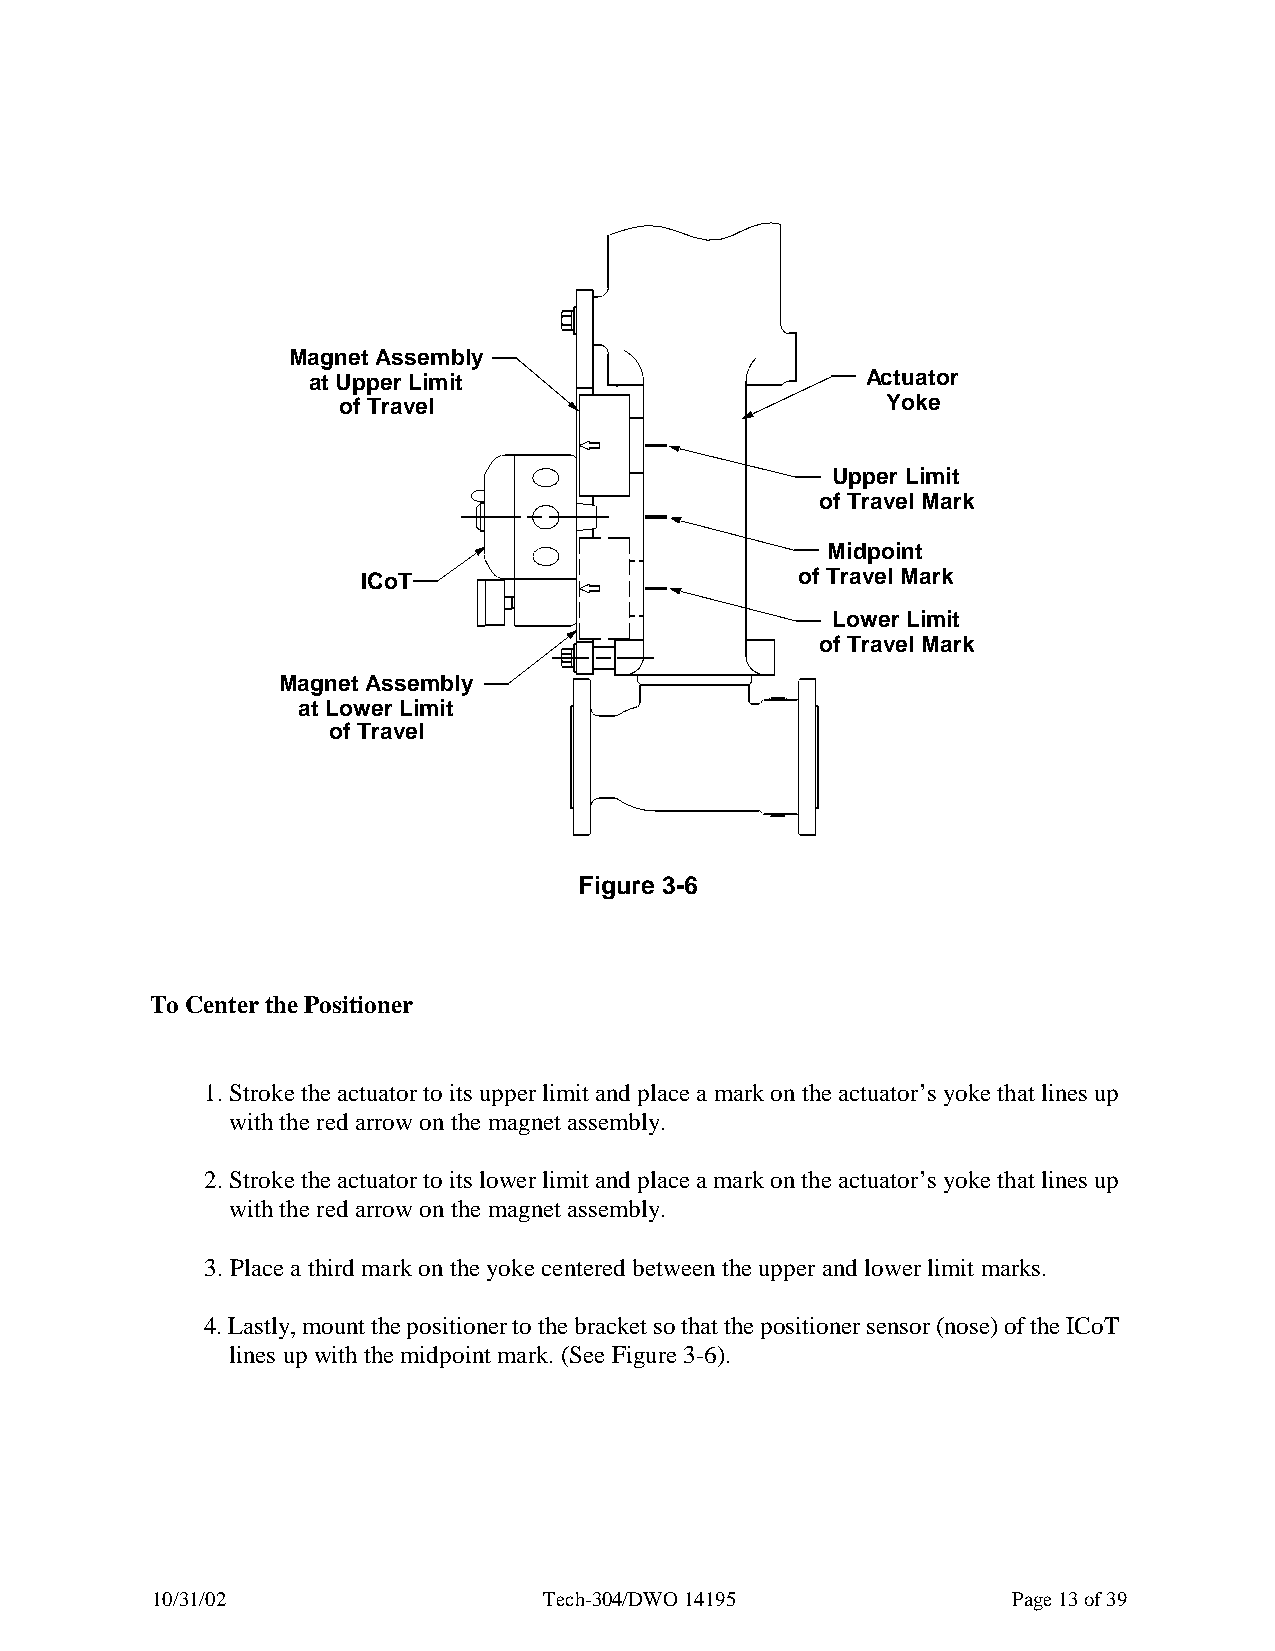
Magnet Assembly
 at Upper Limit                       Actuator
 of Travel                            Yoke
 Upper Limit
 of Travel Mark
 Midpoint
 ICoT                         of Travel Mark
 Lower Limit
 of Travel Mark
 Magnet Assembly
 at Lower Limit
 of Travel
 Figure 3-6
 To Center the Positioner
 1. Stroke the actuator to its upper limit and place a mark on the actuator’s yoke that lines up
 with the red arrow on the magnet assembly.
 2. Stroke the actuator to its lower limit and place a mark on the actuator’s yoke that lines up
 with the red arrow on the magnet assembly.
 3. Place a third mark on the yoke centered between the upper and lower limit marks.
 4. Lastly, mount the positioner to the bracket so that the positioner sensor (nose) of the ICoT
 lines up with the midpoint mark. (See Figure 3-6).
 10/31/02                  Tech-304/DWO 14195             Page 13 of 39